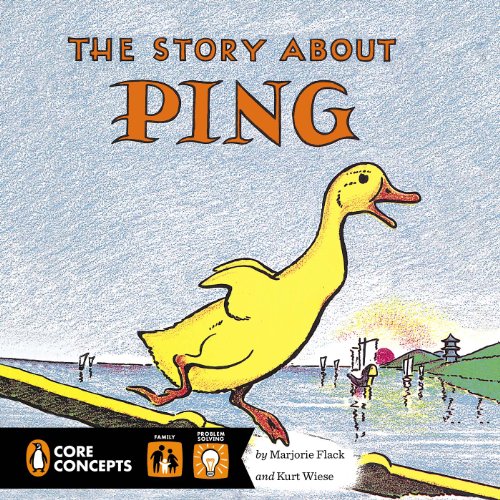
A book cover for The Story About Ping (Penguin Core Concepts); Marjorie Flack; Children's Books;